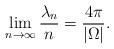
LaTeX: \begin{align*} \lim_{n\to \infty} \frac{\lambda_n}{n} = \frac{4\pi}{|\Omega|}. \end{align*}